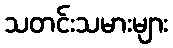
သတင်းသမားများ